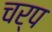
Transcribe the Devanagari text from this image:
चर्प